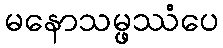
မနောသမ္ဖဿံပေ